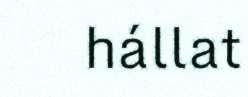
hállat